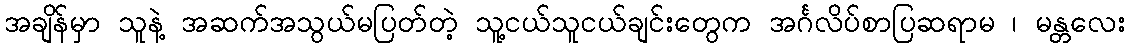
အချိန်မှာ သူနဲ့ အဆက်အသွယ်မပြတ်တဲ့ သူ့ငယ်သူငယ်ချင်းတွေက အင်္ဂလိပ်စာပြဆရာမ ၊ မန္တလေး